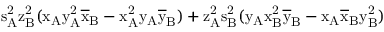
\mathrm { s _ { A } ^ { 2 } \mathrm { z _ { B } ^ { 2 } ( \mathrm { x _ { A } \mathrm { y _ { A } ^ { 2 } \mathrm { \overline { { x } } _ { B } - \mathrm { x _ { A } ^ { 2 } \mathrm { y _ { A } \mathrm { \overline { { y } } _ { B } ) + \mathrm { z _ { A } ^ { 2 } \mathrm { s _ { B } ^ { 2 } ( \mathrm { y _ { A } \mathrm { x _ { B } ^ { 2 } \mathrm { \overline { { y } } _ { B } - \mathrm { x _ { A } \mathrm { \overline { { x } } _ { B } \mathrm { y _ { B } ^ { 2 } ) } } } } } } } } } } } } } } } }